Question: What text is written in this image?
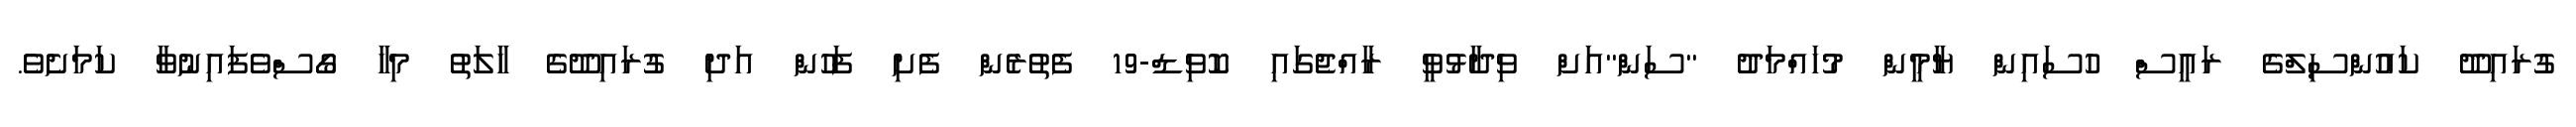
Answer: ގުރައިދޫ ކައުންސިލްގެ ރައީސް ހުސައިން ޔާމީން މުހައްމަދު "ސަން"އަށް ވިދާޅުވީ ރާއްޖެގައި ކޮވިޑް-19 ފެތުރެން ފެށި ފަހުން އަދި ގުރައިދޫގެ ހާލަތު މިހާ ގޯސްވެފައިނުވާ ކަމަށެވެ.